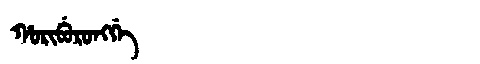
Manchu: ᡥᠣᡵᡳᠪᡠᡵᠣᠩᡤᡝ
Romanization: HORIBURONGGE